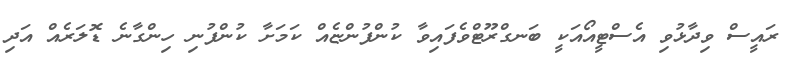
ރައީސް ވިދާޅުވި އެސްޓީއޯއަކީ ބަނގްރޫޓްވެފައިވާ ކުންފުންޏެއް ކަމަށާ ކުންފުނި ހިންގާނެ ޑޮލަރެއް އަދި